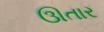
ઊતાર